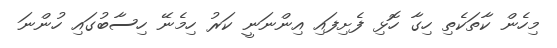
މިހެން ކާތަކެތި ހިގާ ހޮޅި ފެށިފައި އިންނަނީ ކަރު ހިމެނޭ ހިސާބުގައި ހުންނަ